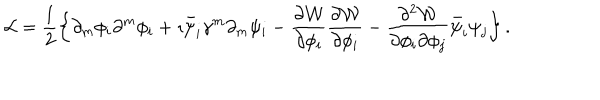
{ \cal L } = \frac { 1 } { 2 } \left\{ \partial _ { m } \phi _ { i } \partial ^ { m } \phi _ { i } + \imath \bar { \psi } _ { i } \gamma ^ { m } \partial _ { m } \psi _ { i } - \frac { \partial { \cal W } } { \partial \phi _ { i } } \frac { \partial { \cal W } } { \partial \phi _ { i } } - \frac { \partial ^ { 2 } { \cal W } } { \partial \phi _ { i } \partial \phi _ { j } } \bar { \psi } _ { i } \psi _ { j } \right\} .